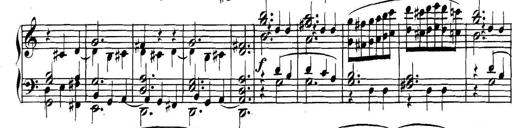
Title: Collected Piano Sonatas
Composer: Muzio Clementi